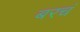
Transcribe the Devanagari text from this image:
बरचं